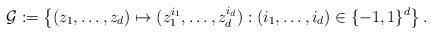
\begin{align*} \mathcal{G} := \left\{(z_1,\dots,z_d) \mapsto (z_1^{i_1},\dots,z_d^{i_d}) : (i_1,\dots,i_d) \in \{-1,1\}^d \right\}.\end{align*}